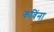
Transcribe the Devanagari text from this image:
कविंना